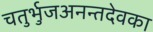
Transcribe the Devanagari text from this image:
चतुर्भुजअनन्तदेवका